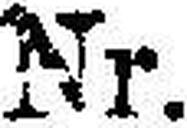
Nr.